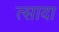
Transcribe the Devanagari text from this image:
त्सादा